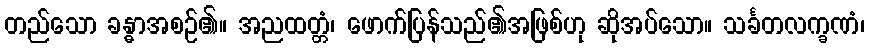
တည်သော ခန္ဓာအစဉ်၏။ အညထတ္တံ၊ ဖောက်ပြန်သည်၏အဖြစ်ဟု ဆိုအပ်သော။ သင်္ခတလက္ခဏံ၊